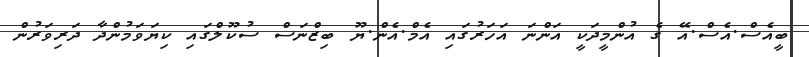
ބީއެސް.އެސް.އޭ ގެ އުންމީދަކީ އަންނަ އަހަރުގައި އެމް.އެން.ޔޫ ބިޒްނަސް ސުކޫލްގައި ކިޔަވަމުންދާ ދަރިވަރުން